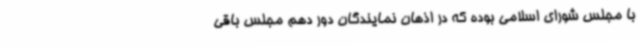
با مجلس شورای اسلامی بوده که در اذهان نمایندگان دور دهم مجلس باقی